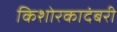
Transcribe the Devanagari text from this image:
किशोरकादंबरी